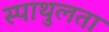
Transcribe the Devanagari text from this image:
स्पाथुलता